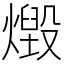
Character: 燬